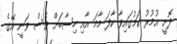
ދޮށީ އުމުރު ކަމުގައިވާ ކާފަ މާމަ އާއި ހިސާބަށް ވެސް ވަނީ އޭގެ